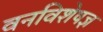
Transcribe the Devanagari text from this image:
वनविशेषज्ञ